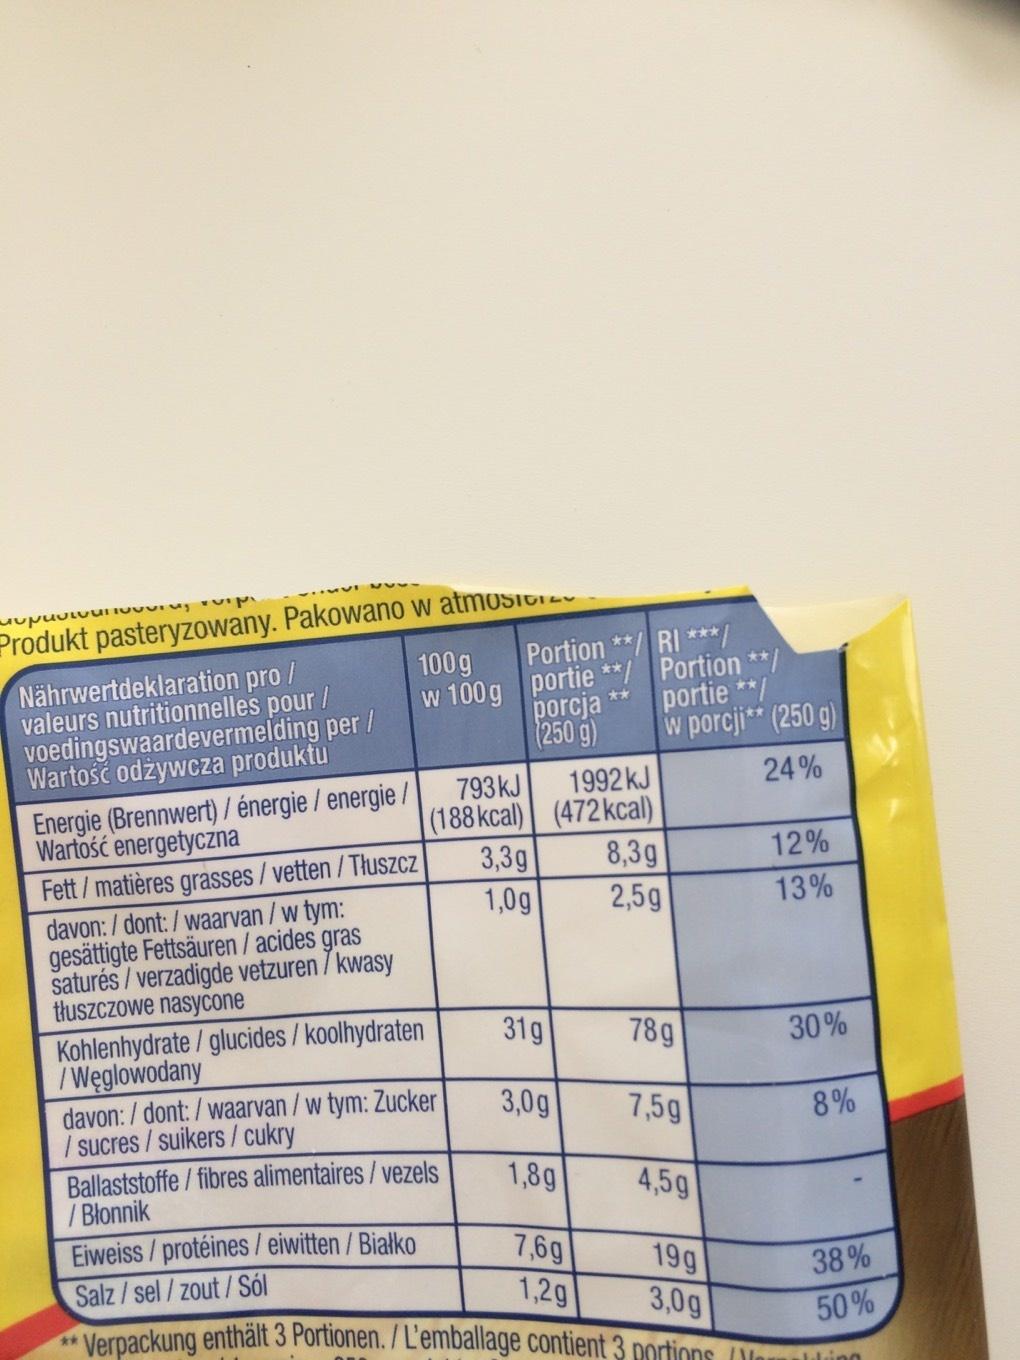
ing suipi
Produkt pasteryzowany. Pakowano w atmosici
Nährwertdeklaration pro/ valeurs nutritionnelles pour / voedingswaardevermelding per / Wartość odżywcza produktu
Energie (Brennwert)/ énergie / energie / Wartość energetyczna
Portion **/ RI ***/ Portion **/ portie **/ w porcji** (250 g)
24%
100 g w 100 g portie**/ porcja
**
(250 g)
793 kJ
(188 kcal)
3,3g
1,0g
1992 kJ
(472 kcal)
8,3g
2,5g
Fett / matières grasses/vetten/Tłuszcz
davon: /dont: /waarvan / w tym: gesättigte Fettsäuren / acides gras saturés/verzadigde vetzuren / kwasy tłuszczowe nasycone
Kohlenhydrate/glucides / koolhydraten /Węglowodany
davon: /dont: /waarvan / w tym: Zucker / sucres / suikers/ cukry
Ballaststoffe/fibres alimentaires/vezels /Błonnik
Eiweiss / protéines / eiwitten / Białko
19g
Salz/sel/zout/ Sól
3,0g
Verpackung enthält 3 Portionen. / L'emballage contient 3 portions
31g
3,0g
1,8g
7,6g
1,2g
78g
7,5g
4,5g
12%
13%
30%
8%
38%
50%